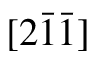
[ 2 \bar { 1 } \bar { 1 } ]